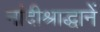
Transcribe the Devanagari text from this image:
नांदीश्राद्धानें